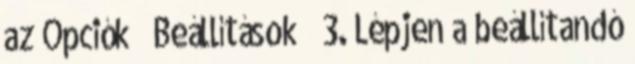
az Opciók → Beállítások → 3. Lépjen a beállítandó